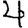
Digit: 4